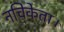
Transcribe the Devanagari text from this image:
नचिकेता।